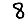
Digit: 8